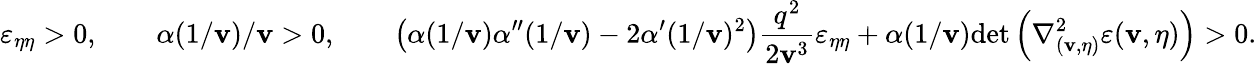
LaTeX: \varepsilon_{\eta\eta}>0,\qquad\alpha(1/\mathbf{v})/\mathbf{v}>0,\qquad\left(\alpha(1/\mathbf{v})\alpha^{\prime\prime}(1/\mathbf{v})-2\alpha^{\prime}(1/\mathbf{v})^{2}\right)\frac{{q^{2}}}{{2\mathbf{v}^{3}}}\varepsilon_{\eta\eta}+\alpha(1/\mathbf{v})\mathrm{{det}}\left(\nabla_{(\mathbf{v},\eta)}^{2}\varepsilon(\mathbf{v},\eta)\right)>0.